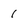
Character: 1